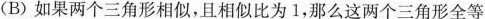
(B)如果两个三角形相似，且相似比为1，那么这两个三角形全等